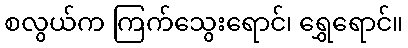
စလွယ်က ကြက်သွေးရောင်၊ ရွှေရောင်။